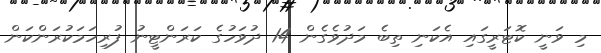
މި ވަނީ ކޮޓަރީގައި އެކަނި ތިބެ މަދުވެގެން 14 ދުވަހުގެ ކަރަންޓީނު ފުރިހަމަކުރަންކަން